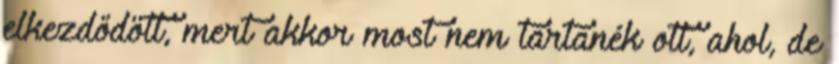
elkezdődött, mert akkor most nem tartanék ott, ahol, de